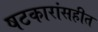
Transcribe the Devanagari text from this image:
षटकारांसहीत